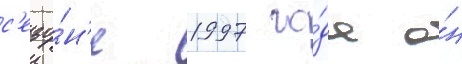
с'езо́н'е 1997 го́да о́н